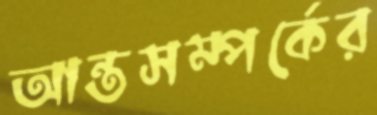
আন্তসম্পর্কের